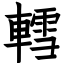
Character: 轌